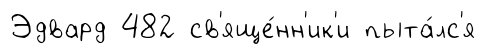
Эдвард 482 св'яще́нн'ик'и пыта́лс'я